Vaccination in Bombay 1889-1901 - 1889-1901
Year: 1889
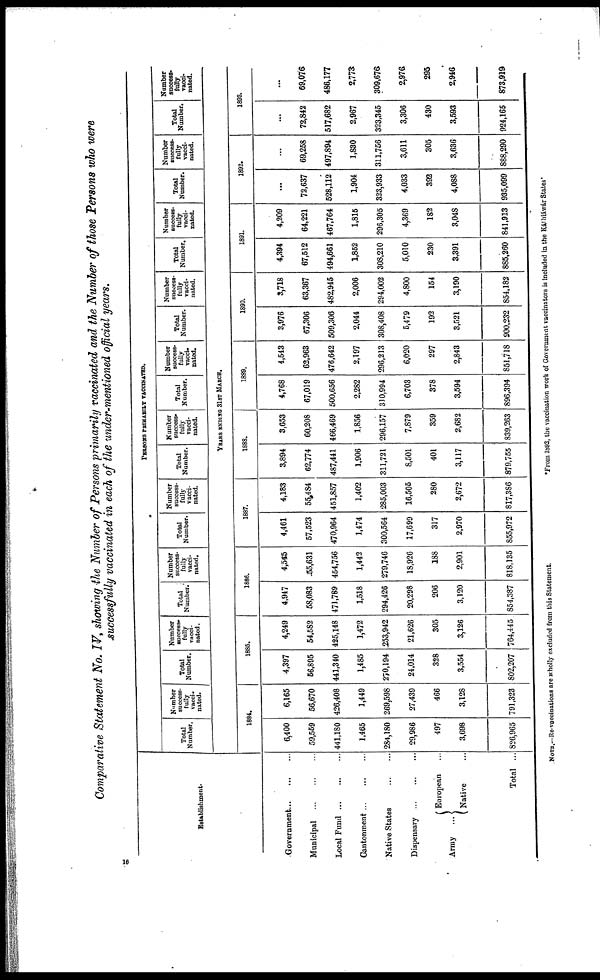
Comparative Statement No. IV, showing the Number of Persons primarily vaccinated and the Number of those Persons who were
successfully vaccinated in each of the under-mentioned official years.
Establishment.
Government
...
...
...
Municipal ... ... ...
Local Fund
...
...
...
Cantonment
...
...
...
Native States ... ...
Dispensary
...
...
Army ...
European ...
Native ...
Total ...
PERSONS PRIMARILY VACCINATED.
Total
Number.
Number
success-
fully
vacc¬
nated.
Total
Number.
Number
success¬
fully
vacci-
nated.
Total
Number.
Number
success-
fully
vacci-
nated.
Total
Number.
Number
success-
fully
vacci-
nated.
Total
Number.
Number
success-
fully
vacci-
nated.
Total
Number.
Number
success-
fully
vacci¬
nated.
Total
Number.
Number
success-
fully
vacci-
nated.
Total
Number.
Number
success-
fully
vacci-
nated.
Total
Number.
Number
success-
fully
vacci-
nated.
Total
Number.
Number
success¬
fully
vacci-
nated.
YEARS ENDING 31ST MARCH.
1884.
6,400
59,559
441,180
1,465
284,180
29,986
497
3,698
826,965
6,165
56,670
426,408
1,449
269,598
27,439
466
3,128
791,323
1886.
4,397
56,895
441,340
1,485
270,194
24,014
328
3,554
802,207
4,249
54,582
425,148
1,472
553,942
21,626
305
3,126
764,445
1886.
4,947
58,083
471,789
1,518
294,426
20,298
206
3,120
854,387
4,545
55,631
454,756
1,442
279,746
18,926
188
2,901
818,135
1887.
4,461
57,523
470,964
1,474
300,564
17,699
317
2,970
855,972
4,183
55,484
451,857
1,402
285,003
16,505
280
2,672
817,386
1888.
3,894
62,774
487,441
1,906
311,721
8,501
401
3,117
879,765
3,653
60,208
466,469
1,856
296,157
7,879
359
2,682
839,263
1889.
4,768
67,019
500,656
2,282
310,994
6,703
378
3,594
896,394
4,543
62,963
476,642
2,197
296,213
6,020
297
2,843
851,718
1890.
3,976
67,306
509,306
2,044
308,408
5,479
192
3,521
900,232
3,718
63,367
482,945
2,006
294,002
4,800
154
3,190
854,182
1891.
4,394
67,512
494,661
1,852
308,210
5,010
230
3,391
885,260
4,209
64,221
467,764
1,815
296,305
4,369
182
3,048
841,913
1892.
...
72,637
528,112
1,904
323,933
4,033
392
4,088
935,099
...
69,258
497,894
1,830
311,756
3,611
305
3,636
888,290
1893.
...
72,842
517,682
2,967
323,345
3,306
430
3,593
924,165
...
69,076
486,177
2,773
309,676
2,976
295
2,946
873,919
NOTE.—Re-vaccinations are wholly excluded from this Statement.
*From 1892, the vaccination work of Government vaccinators is included in the Káthiáwár States